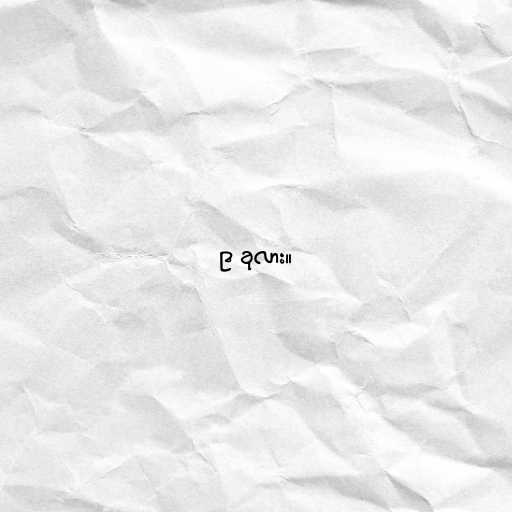
၉ ခုလား။